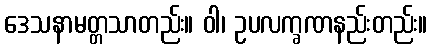
ဒေသနာမတ္တသာတည်း။ ဝါ၊ ဥပလက္ခဏနည်းတည်း။